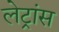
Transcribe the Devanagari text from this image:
लेट्रांस